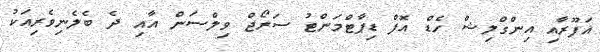
ޣަފޫރާއި އިންގްލިޝް ހެޑް އޮފް ޑިޕާޓްމަންޓު ސަރޯޖް ވިލްސަން އާއި ދެ ބެލެނިވެރިއަކު